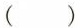
()